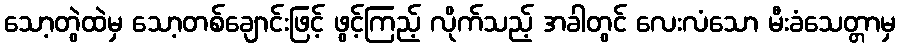
သော့တွဲထဲမှ သော့တစ်ချောင်းဖြင့် ဖွင့်ကြည့် လိုက်သည့် အခါတွင် လေးလံသော မီးခံသေတ္တာမှ